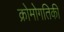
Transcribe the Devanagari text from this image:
क्रोमोगतिकी